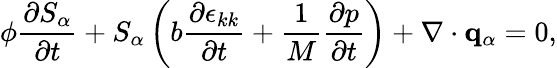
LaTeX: \phi\frac{\partial S_{\alpha}}{\partial t}+S_{\alpha}\left(b\frac{\partial\epsilon_{kk}}{\partial t}+\frac{1}{M}\frac{\partial p}{\partial t}\right)+\nabla\cdot\mathbf{q}_{\alpha}=0,